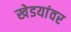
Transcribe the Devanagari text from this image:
खेडयांवर